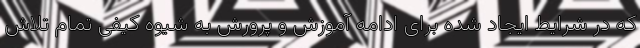
که در شرایط ایجاد شده برای ادامه آموزش و پرورش به شیوه کیفی تمام تلاش